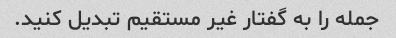
جمله را به گفتار غیر مستقیم تبدیل کنید.